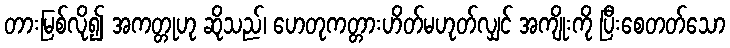
တားမြစ်လို၍ အကတ္တုဟု ဆိုသည်၊ ဟေတုကတ္တားဟိတ်မဟုတ်လျှင် အကျိုးကို ပြီးစေတတ်သော